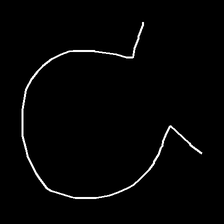
Glyph: weave